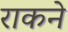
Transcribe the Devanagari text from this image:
राकने